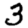
Digit: 3